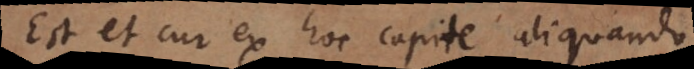
Est et cur ex hoc capite aliquando